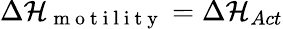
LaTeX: \Delta\mathcal{H}_{\mathrm{~m~o~t~i~l~i~t~y~}}=\Delta\mathcal{H}_{Act}